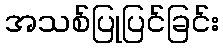
အသစ်ပြုပြင်ခြင်း